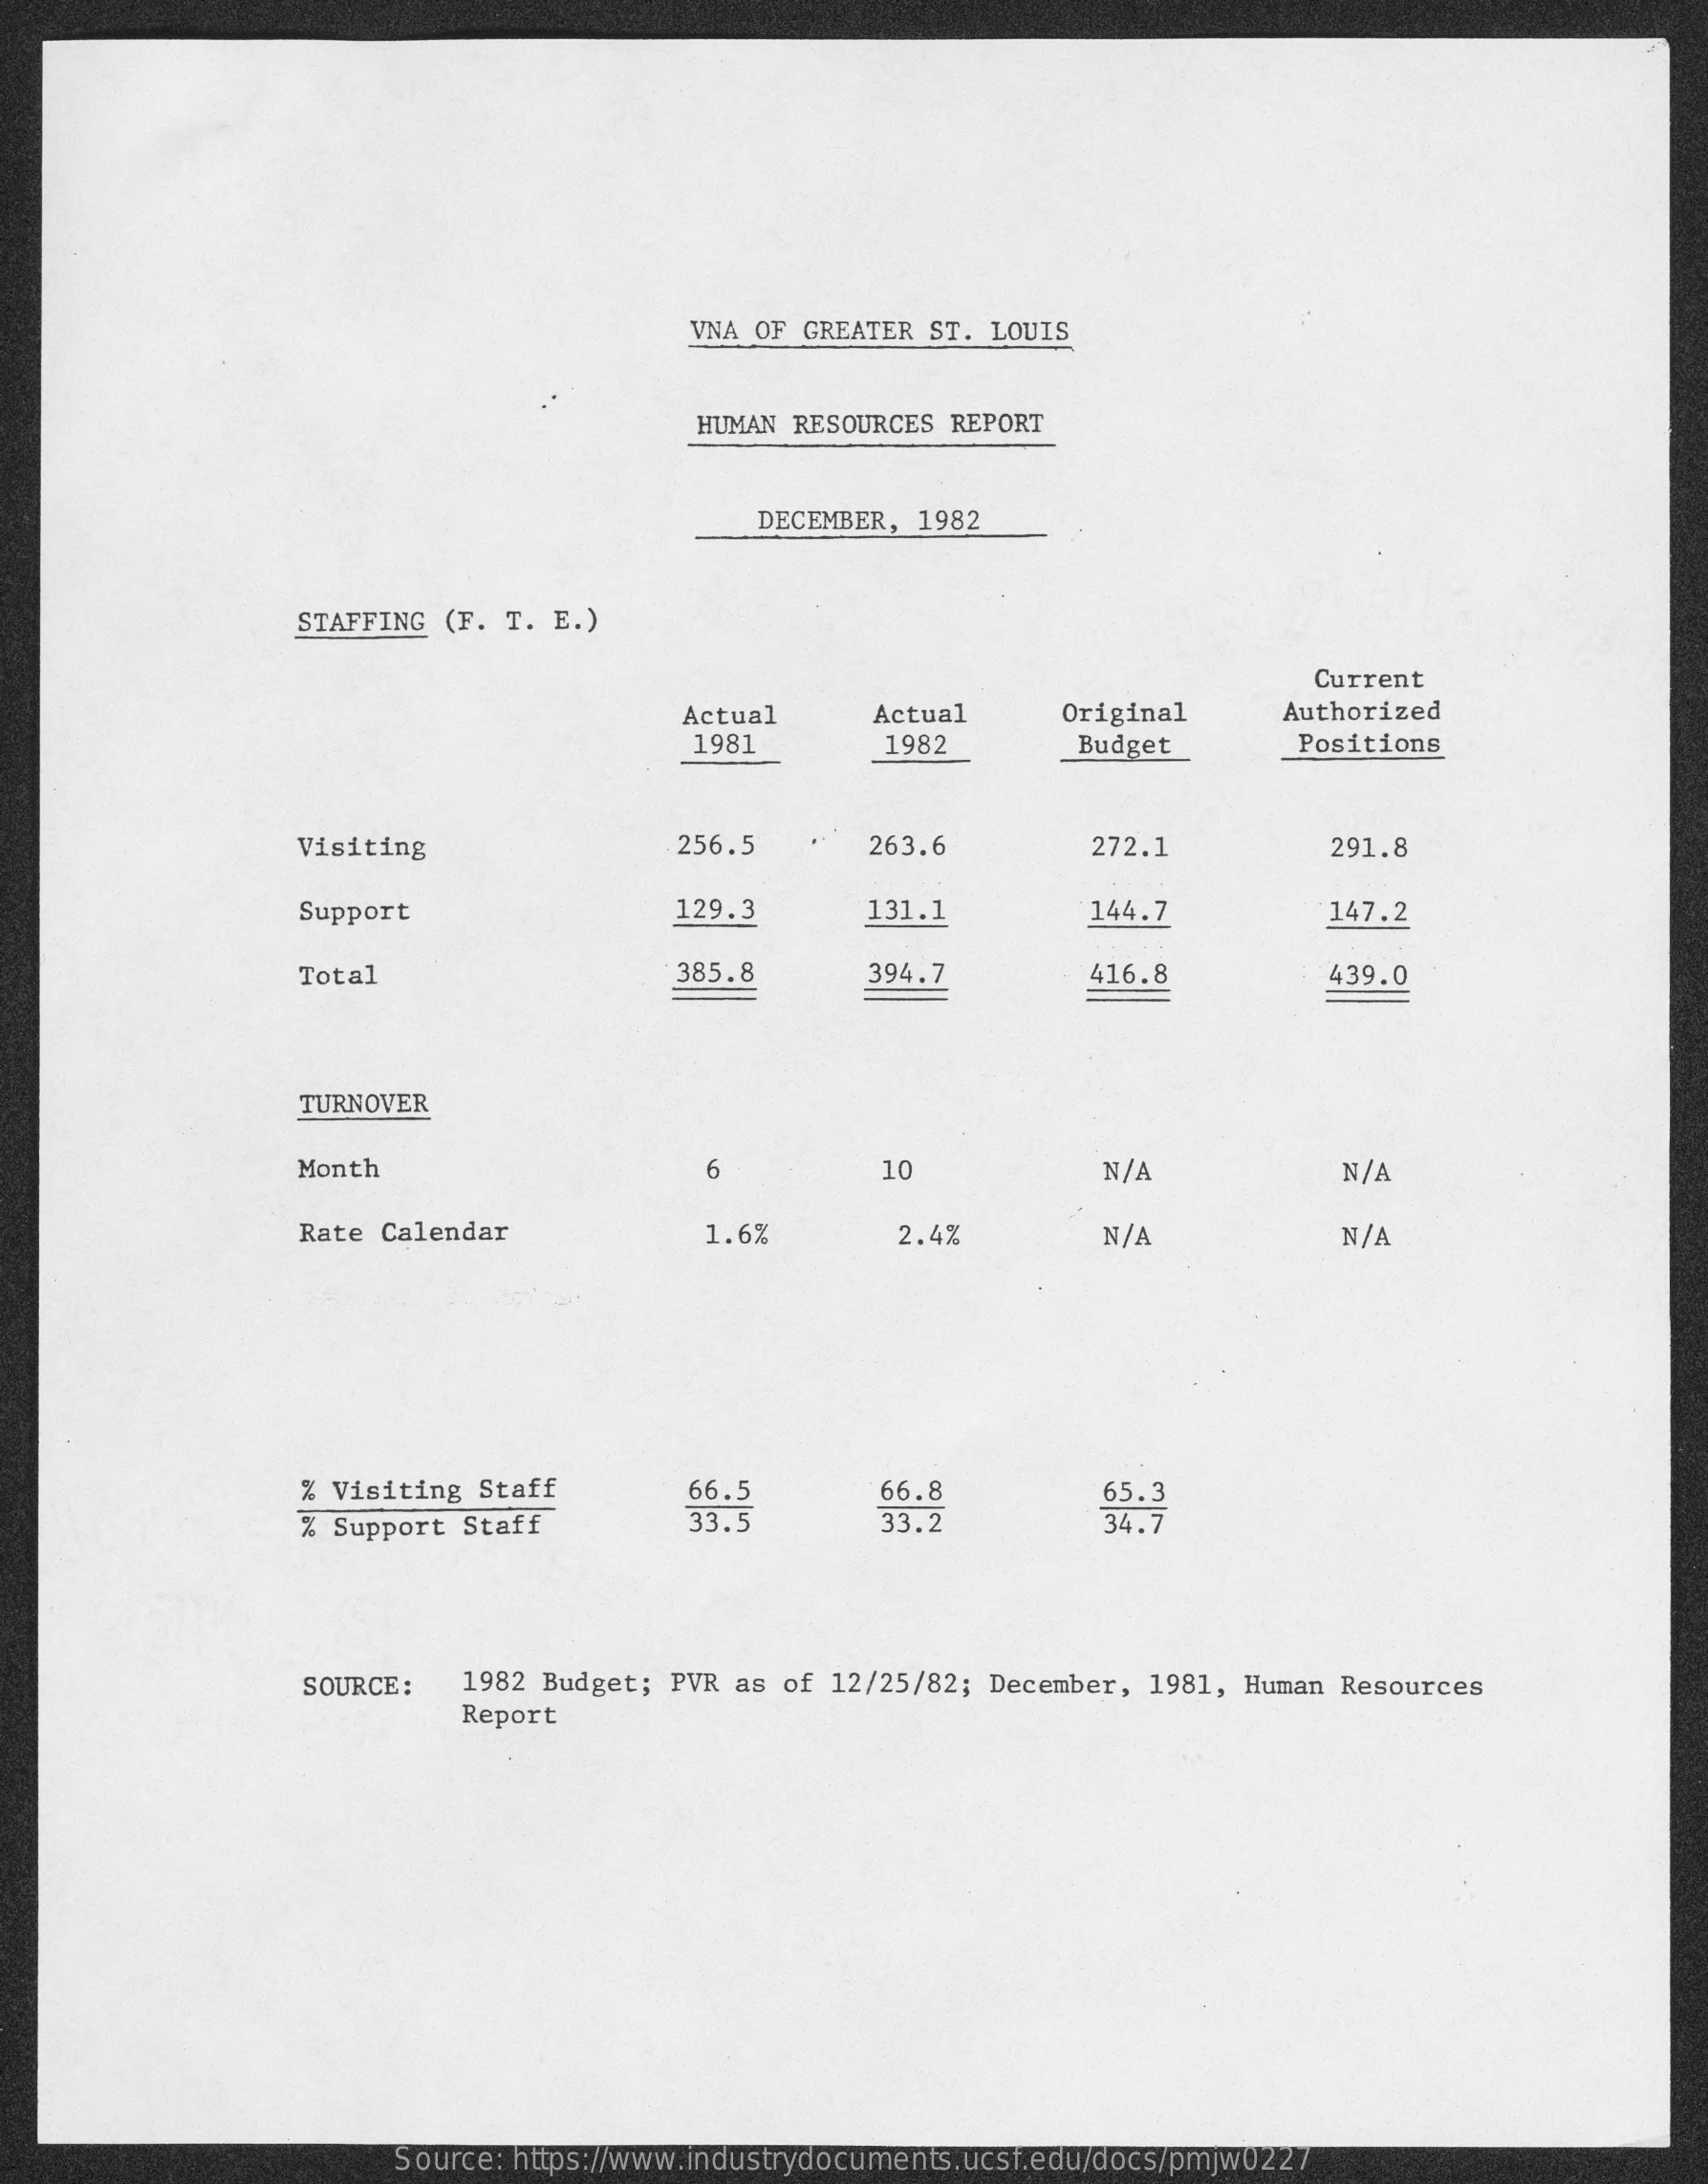
VNA OF GREATER ST. LOUIS
     HUMAN RESOURCES REPORT
     DECEMBER, 1982
     STAFFING (F. T. E.)
     Current
     Actual    Actual    Original   Authorized
     1981    1982    Budget    Positions
     Visiting    256.5    263.6    272.1    291.8
     Support    129.3    131.1    144.7    147.2
     Total    385.8    394.7    416.8    439.0
     TURNOVER
     Month    6    10    N/A    N/A
     Rate Calendar    1.6%    2.4%    N/A    N/A
     % Visiting Staff    66.5    66.8
     % Support Staff    33.5    33.2
     65.3
     34.7
     SOURCE:  1982 Budget; PVR as of 12/25/82; December, 1981, Human Resources
     Report
     Source: https://www.industrydocuments.ucsf.edu/docs/pmjw0227